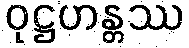
ဝုဋ္ဌဟန္တဿ